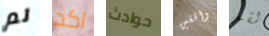
لم اكد حوادث واقفين لقد